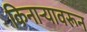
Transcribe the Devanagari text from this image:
किनार्‍यावरून